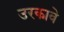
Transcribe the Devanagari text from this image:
उरकावे